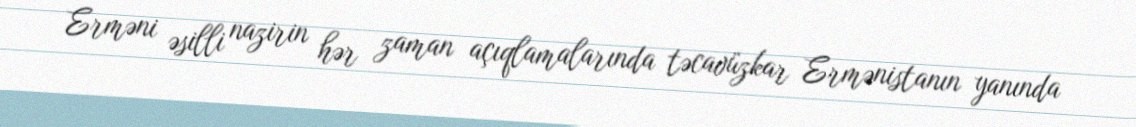
Erməni əsilli nazirin hər zaman açıqlamalarında təcavüzkar Ermənistanın yanında